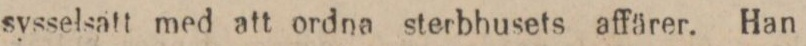
sysselsatt med att ordna sterbhusets affärer. Han